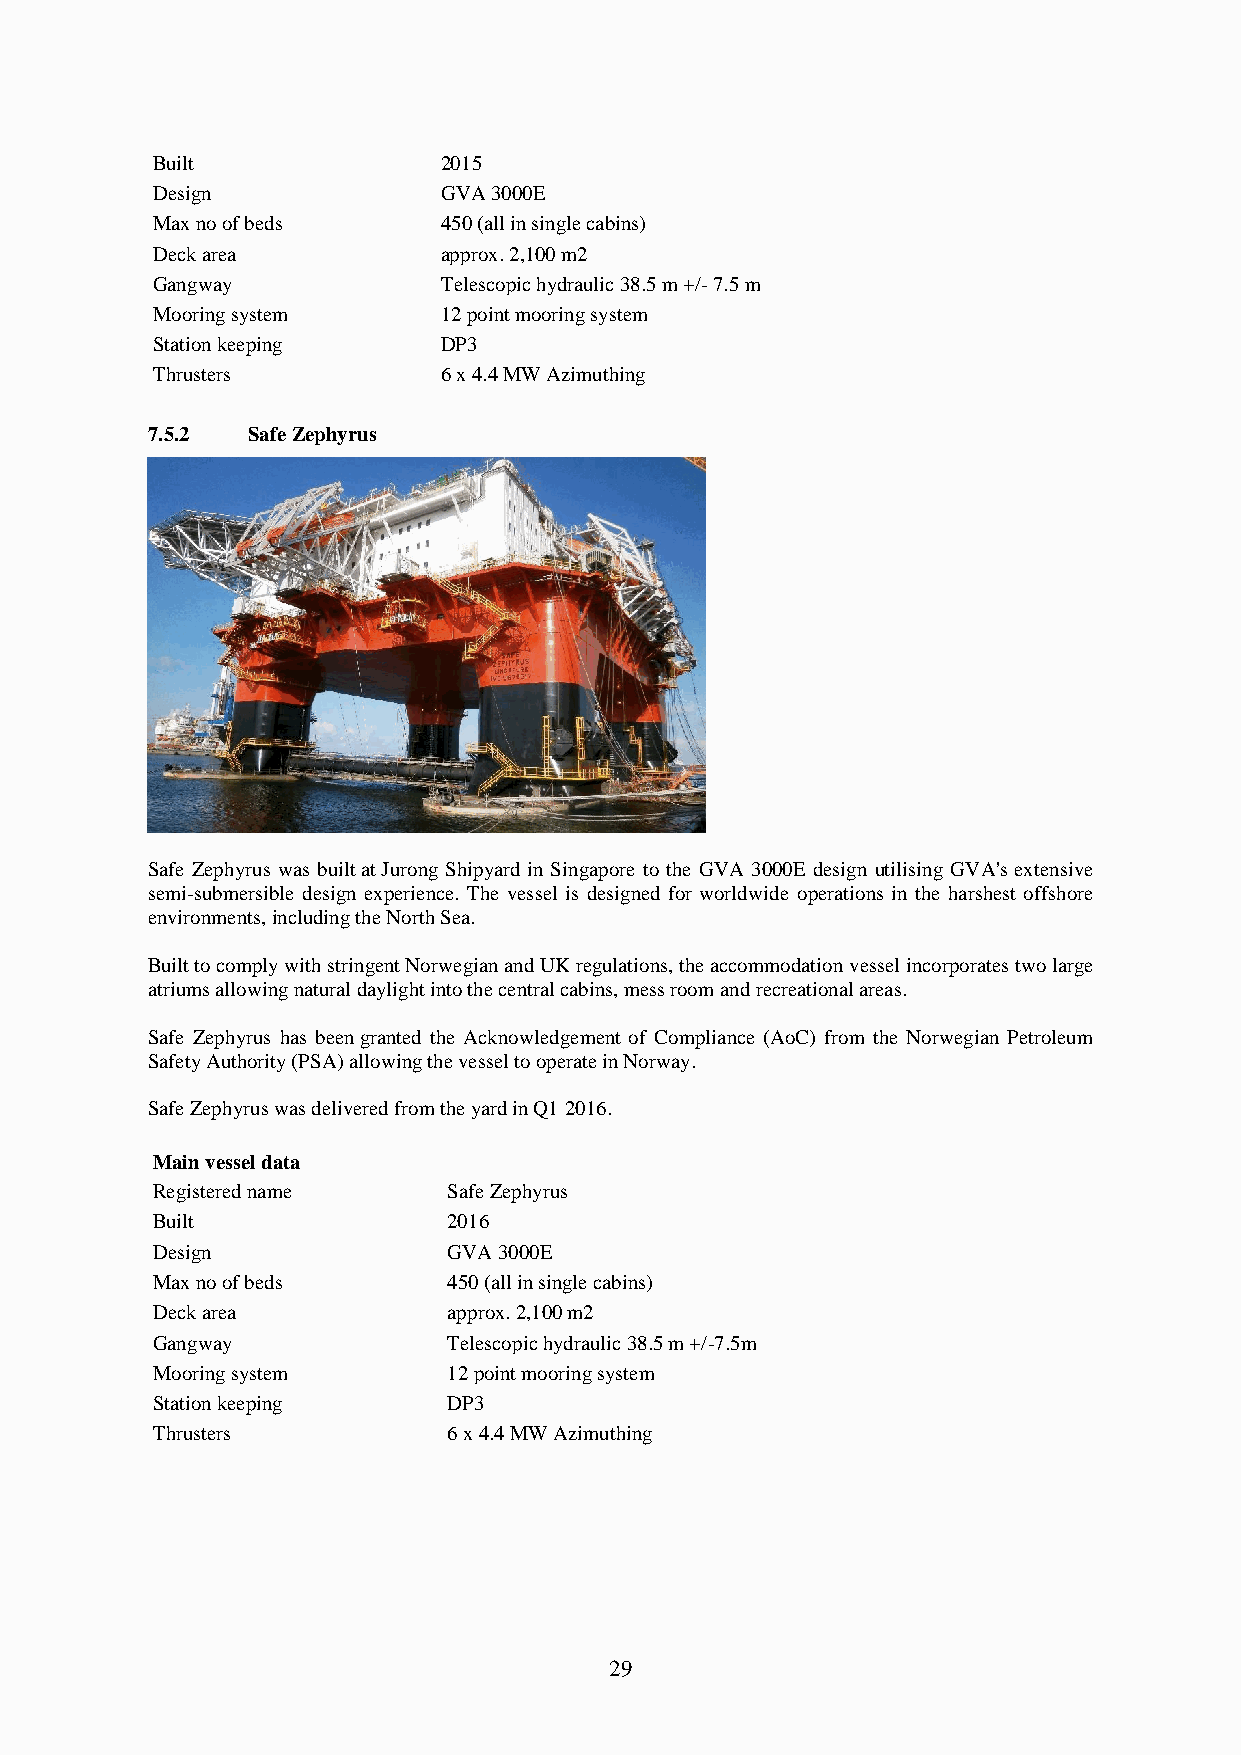
Built              2015
 Design             GVA 3000E
 Max no of beds     450 (all in single cabins)
 Deck area          approx. 2,100 m2
 Gangway            Telescopic hydraulic 38.5 m +/- 7.5 m
 Mooring system     12 point mooring system
 Station keeping    DP3
 Thrusters          6 x 4.4 MW Azimuthing
 7.5.2 Safe Zephyrus
 Safe Zephyrus was built at Jurong Shipyard in Singapore to the GVA 3000E design utilising GVA's extensive
 semi-submersible design experience. The vessel is designed for worldwide operations in the harshest offshore
 environments, including the North Sea.
 Built to comply with stringent Norwegian and UK regulations, the accommodation vessel incorporates two large
 atriums allowing natural daylight into the central cabins, mess room and recreational areas.
 Safe Zephyrus has been granted the Acknowledgement of Compliance (AoC) from the Norwegian Petroleum
 Safety Authority (PSA) allowing the vessel to operate in Norway.
 Safe Zephyrus was delivered from the yard in Q1 2016.
 Main vessel data
 Registered name     Safe Zephyrus
 Built               2016
 Design              GVA 3000E
 Max no of beds      450 (all in single cabins)
 Deck area           approx. 2,100 m2
 Gangway             Telescopic hydraulic 38.5 m +/-7.5m
 Mooring system      12 point mooring system
 Station keeping     DP3
 Thrusters           6 x 4.4 MW Azimuthing
 29